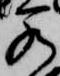
若